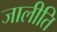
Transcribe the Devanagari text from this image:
जालीति